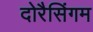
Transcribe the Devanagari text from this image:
दोरैसिंगम